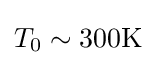
T_{0}\sim \mathrm {300K}